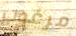
مرغوب